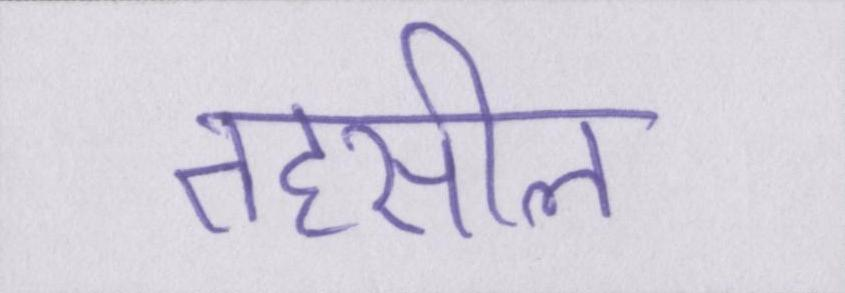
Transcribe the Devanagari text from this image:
तहसील